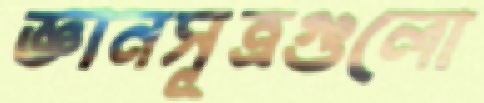
জ্ঞানসূত্রগুলো